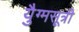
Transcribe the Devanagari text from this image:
युैग्मसूत्री